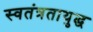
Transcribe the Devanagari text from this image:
स्वतंत्रतायुद्ध